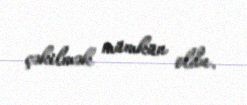
çəkilmək mümkün oldu.